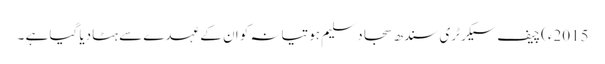
2015ء)چیف سیکرٹری سندھ سجاد سلیم ہوتیانہ کو ان کے عہدے سے ہٹادیا گیا ہے ۔